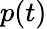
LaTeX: p(t)